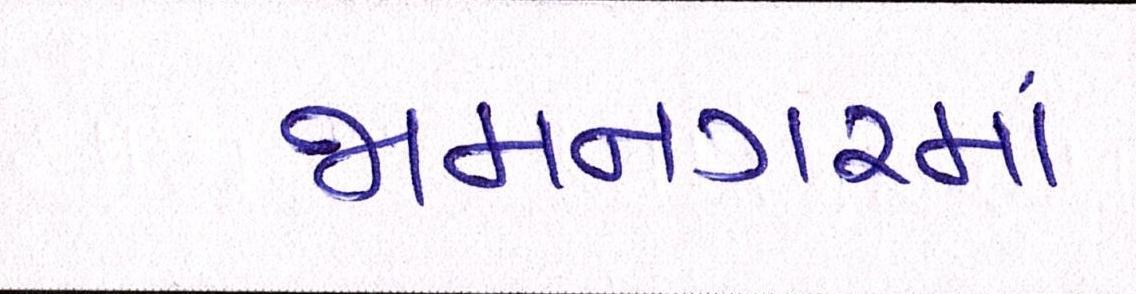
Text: જામનગરમાં